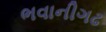
ભવાનીગઢ